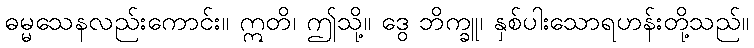
ဓမ္မသေနလည်းကောင်း။ ဣတိ၊ ဤသို့။ ဒွေ ဘိက္ခူ၊ နှစ်ပါးသောရဟန်းတို့သည်။